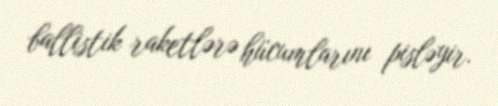
ballistik raketlərə hücumlarını pisləyir.